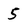
Character: 5